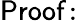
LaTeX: \mathsf{Proof\! :}